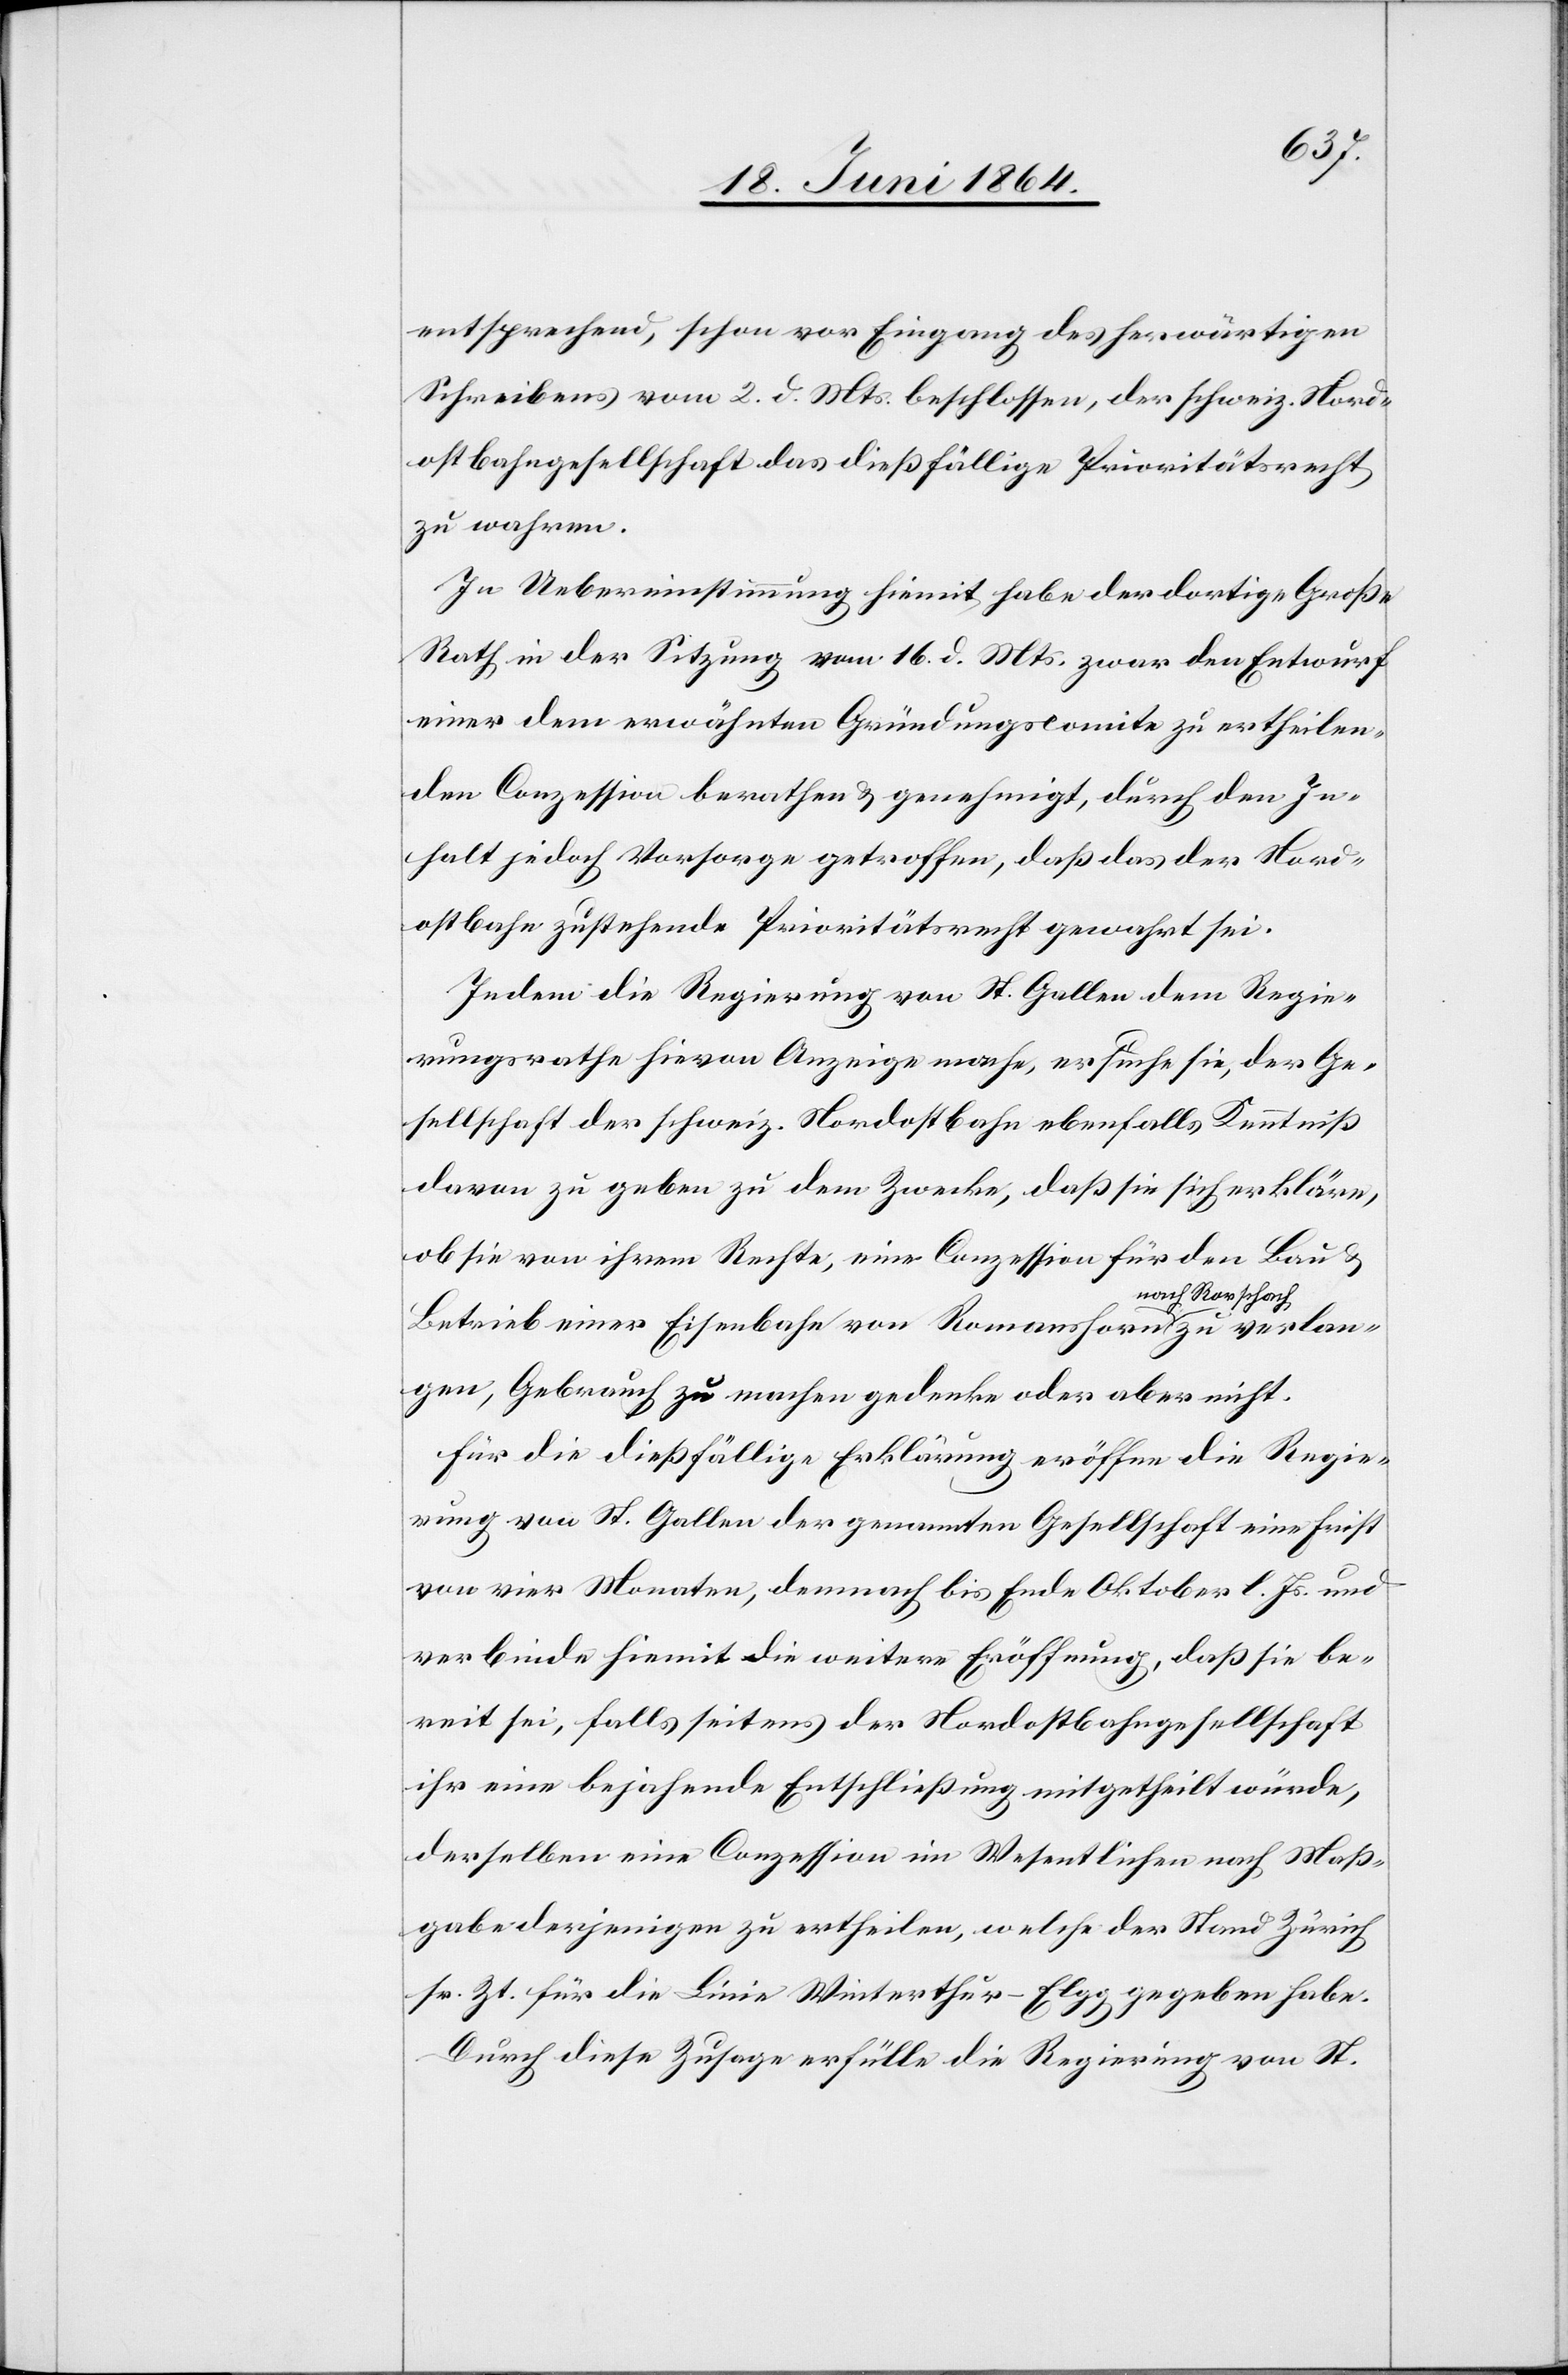
entsprechend, schon vor Eingang des herwärtigen
Schreibens vom 2. d. Mts. beschlossen, der schweiz. Nord¬
ostbahngesellschaft das dießfällige Prioritätsrecht
zu wahren.
In Uebereinstimmung hiemit habe der dortige Große
Rath in der Sitzung vom 16. d. Mts. zwar den Entwurf
einer dem erwähnten Gründungscomite zu ertheilen¬
den Conzession berathen u. genehmigt, durch den In¬
halt jedoch Vorsorge getroffen, daß das der Nord¬
ostbahn zustehende Prioritätsrecht gewahrt sei.
Indem die Regierung von St. Gallen dem Regie¬
rungsrathe hievon Anzeige mache, ersuche sie, der Ge¬
sellschaft der schweiz. Nordostbahn ebenfalls Kenntniß
davon zu geben zu dem Zwecke, daß sie sich erkläre,
ob sie von ihrem Rechte, eine Conzession für den Bau
Betrieb einer Eisenbahn von Romanshorn nach Rorschach zu verlan¬
gen, Gebrauch zu machen gedenke oder aber nicht.
Für die dießfällige Erklärung eröffne die Regie¬
rung von St. Gallen der genannten Gesellschaft eine Frist
von vier Monaten, demnach bis Ende Oktober l. Js. und
verbinde hiemit die weitere Eröffnung, daß sie be¬
reit sei, falls seitens der Nordostbahngesellschaft
ihr eine bejahende Entschließung mitgetheilt würde,
derselben eine Conzession im Wesentlichen nach Maß¬
gabe derjenigen zu ertheilen, welche der Stand Zürich
sr. Zt. für die Linie Winterthur–Elgg gegeben habe.
Durch diese Zusage erfülle die Regierung von St.